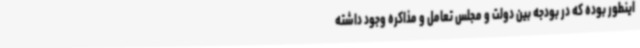
اینطور بوده که در بودجه بین دولت و مجلس تعامل و مذاکره وجود داشته